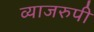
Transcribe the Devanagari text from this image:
व्याजरुपी